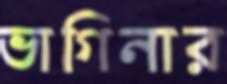
ভাগিনার